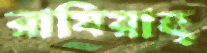
রামিয়াহ্